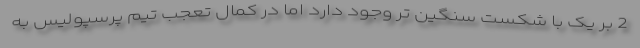
2 بر یک با شکست سنگین تر وجود دارد اما در کمال تعجب تیم پرسپولیس به